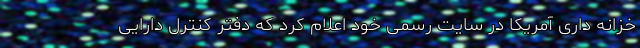
خزانه داری آمریکا در سایت رسمی خود اعلام کرد که دفتر کنترل دارایی